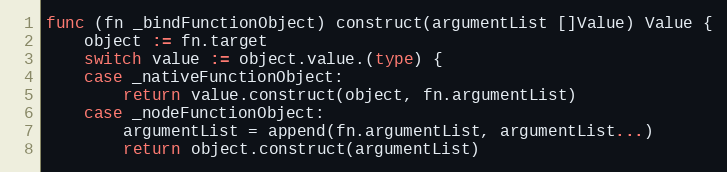
Language: Go
func (fn _bindFunctionObject) construct(argumentList []Value) Value {
	object := fn.target
	switch value := object.value.(type) {
	case _nativeFunctionObject:
		return value.construct(object, fn.argumentList)
	case _nodeFunctionObject:
		argumentList = append(fn.argumentList, argumentList...)
		return object.construct(argumentList)